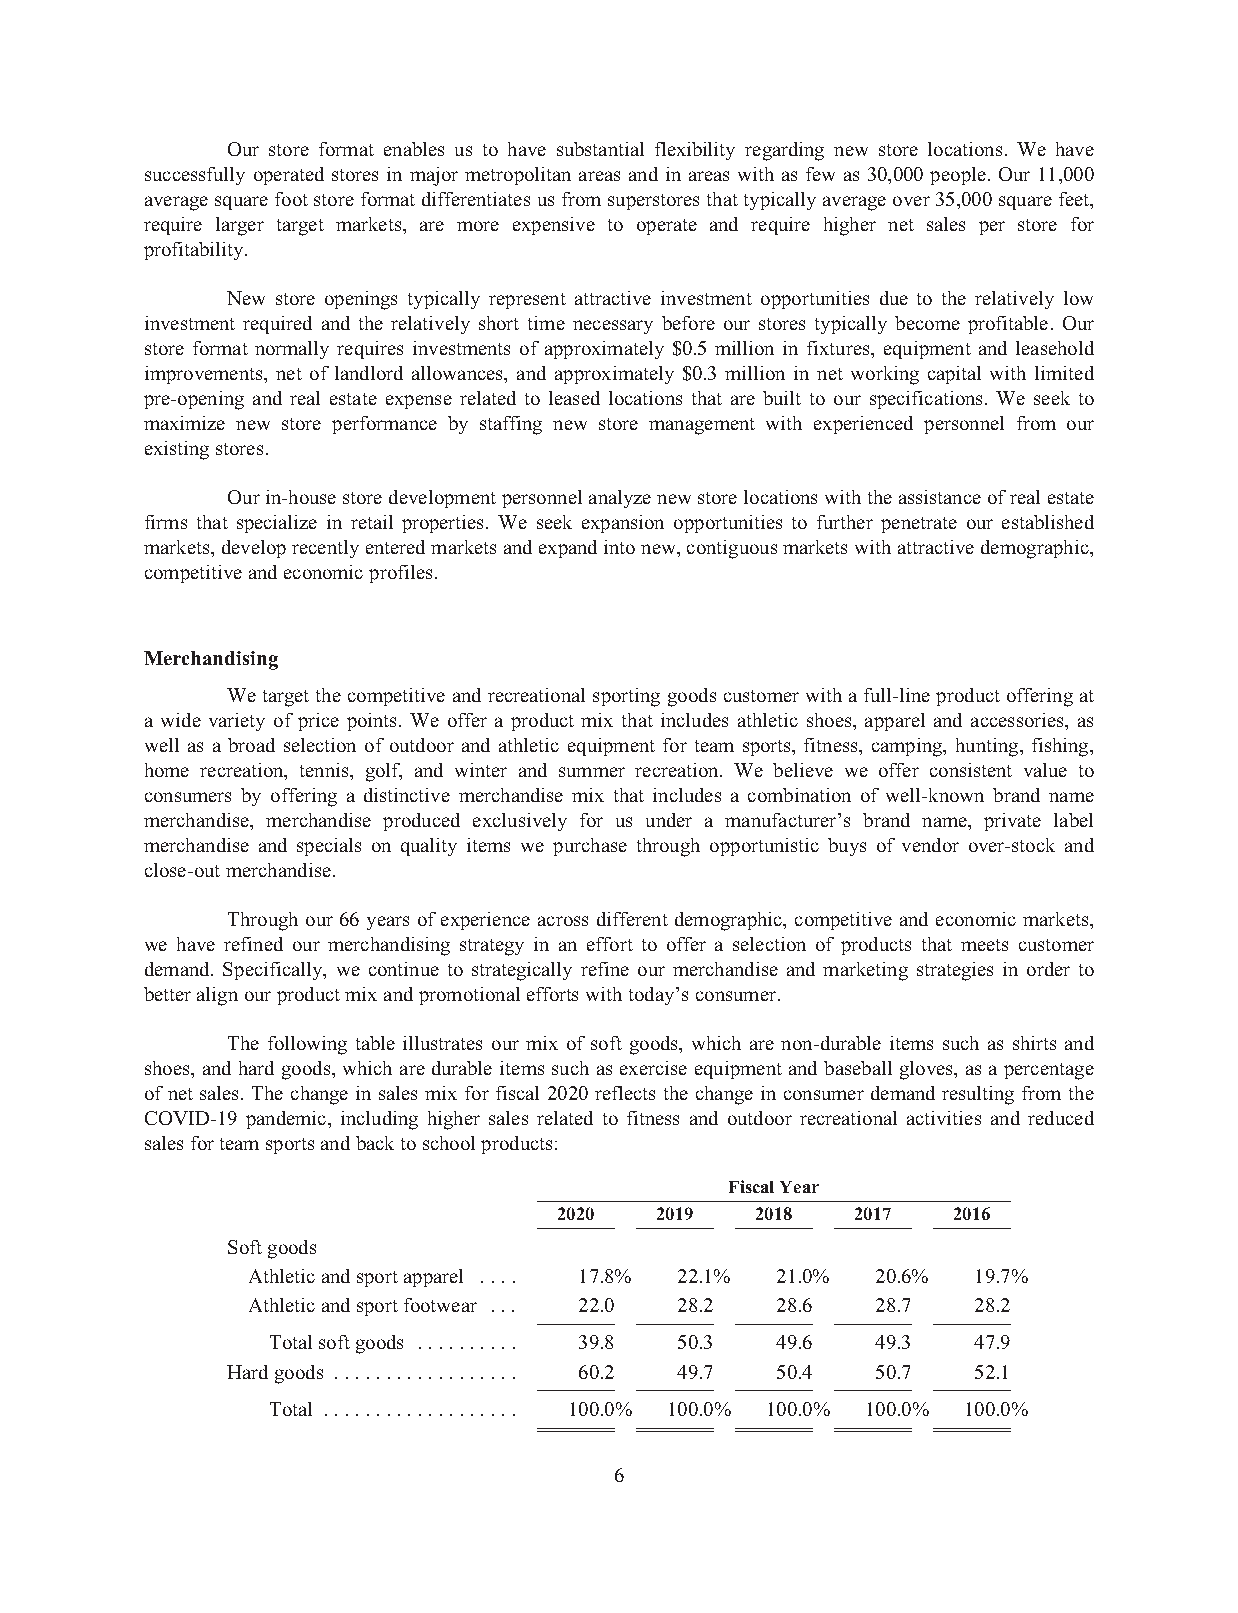
Our store format enables us to have substantial flexibility regarding new store locations. We have
 successfully operated stores in major metropolitan areas and in areas with as few as 30,000 people. Our 11,000
 averagesquarefootstoreformatdifferentiatesusfromsuperstoresthattypicallyaverageover35,000squarefeet,
 require larger target markets, are more expensive to operate and require higher net sales per store for
 profitability.
 New store openings typically represent attractive investment opportunities due to the relatively low
 investment required and the relatively short time necessary before our stores typically become profitable. Our
 store format normally requires investments of approximately $0.5 million in fixtures, equipment and leasehold
 improvements, net of landlord allowances, and approximately $0.3 million in net working capital with limited
 pre-opening and real estate expense related to leased locations that are built to our specifications. We seek to
 maximize new store performance by staffing new store management with experienced personnel from our
 existingstores.
 Ourin-housestoredevelopmentpersonnelanalyzenewstorelocationswiththeassistanceofrealestate
 firms that specialize in retail properties. We seek expansion opportunities to further penetrate our established
 markets,developrecentlyenteredmarketsandexpandintonew,contiguousmarketswithattractivedemographic,
 competitiveandeconomicprofiles.
 Merchandising
 Wetargetthecompetitiveandrecreational sportinggoodscustomerwithafull-lineproductofferingat
 a wide variety of price points. We offer a product mix that includes athletic shoes, apparel and accessories, as
 well as a broad selection of outdoor and athletic equipment for team sports, fitness, camping, hunting, fishing,
 home recreation, tennis, golf, and winter and summer recreation. We believe we offer consistent value to
 consumers by offering a distinctive merchandise mix that includes a combination of well-known brand name
 merchandise, merchandise produced exclusively for us under a manufacturer’s brand name, private label
 merchandise and specials on quality items we purchase through opportunistic buys of vendor over-stock and
 close-outmerchandise.
 Through our 66years of experience across different demographic, competitive andeconomic markets,
 we have refined our merchandising strategy in an effort to offer a selection of products that meets customer
 demand. Specifically, we continue to strategically refine our merchandise and marketing strategies in order to
 betteralignourproductmixandpromotionaleffortswithtoday’sconsumer.
 The following table illustrates our mix of soft goods, which are non-durable items such as shirts and
 shoes,andhardgoods,whicharedurable items suchasexercise equipment andbaseball gloves,asapercentage
 of net sales. The change in sales mix for fiscal 2020 reflects the change in consumer demand resulting from the
 COVID-19 pandemic, including higher sales related to fitness and outdoor recreational activities and reduced
 salesforteamsportsandbacktoschoolproducts:
 FiscalYear
 2020  2019   2018   2017  2016
 Softgoods
 Athleticandsportapparel .... 17.8% 22.1% 21.0% 20.6% 19.7%
 Athleticandsportfootwear ... 22.0 28.2 28.6 28.7 28.2
 Totalsoftgoods .......... 39.8 50.3 49.6 49.3 47.9
 Hardgoods .................. 60.2 49.7 50.4 50.7 52.1
 Total ................... 100.0% 100.0% 100.0% 100.0% 100.0%
 6